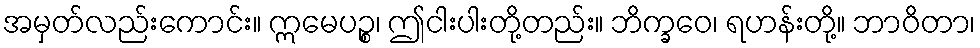
အမှတ်လည်းကောင်း။ ဣမေပဉ္စ၊ ဤငါးပါးတို့တည်း။ ဘိက္ခဝေ၊ ရဟန်းတို့။ ဘာဝိတာ၊